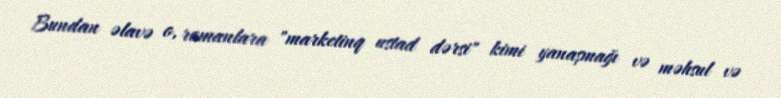
Bundan əlavə o, romanlara "marketinq ustad dərsi" kimi yanaşmağı və məhsul və